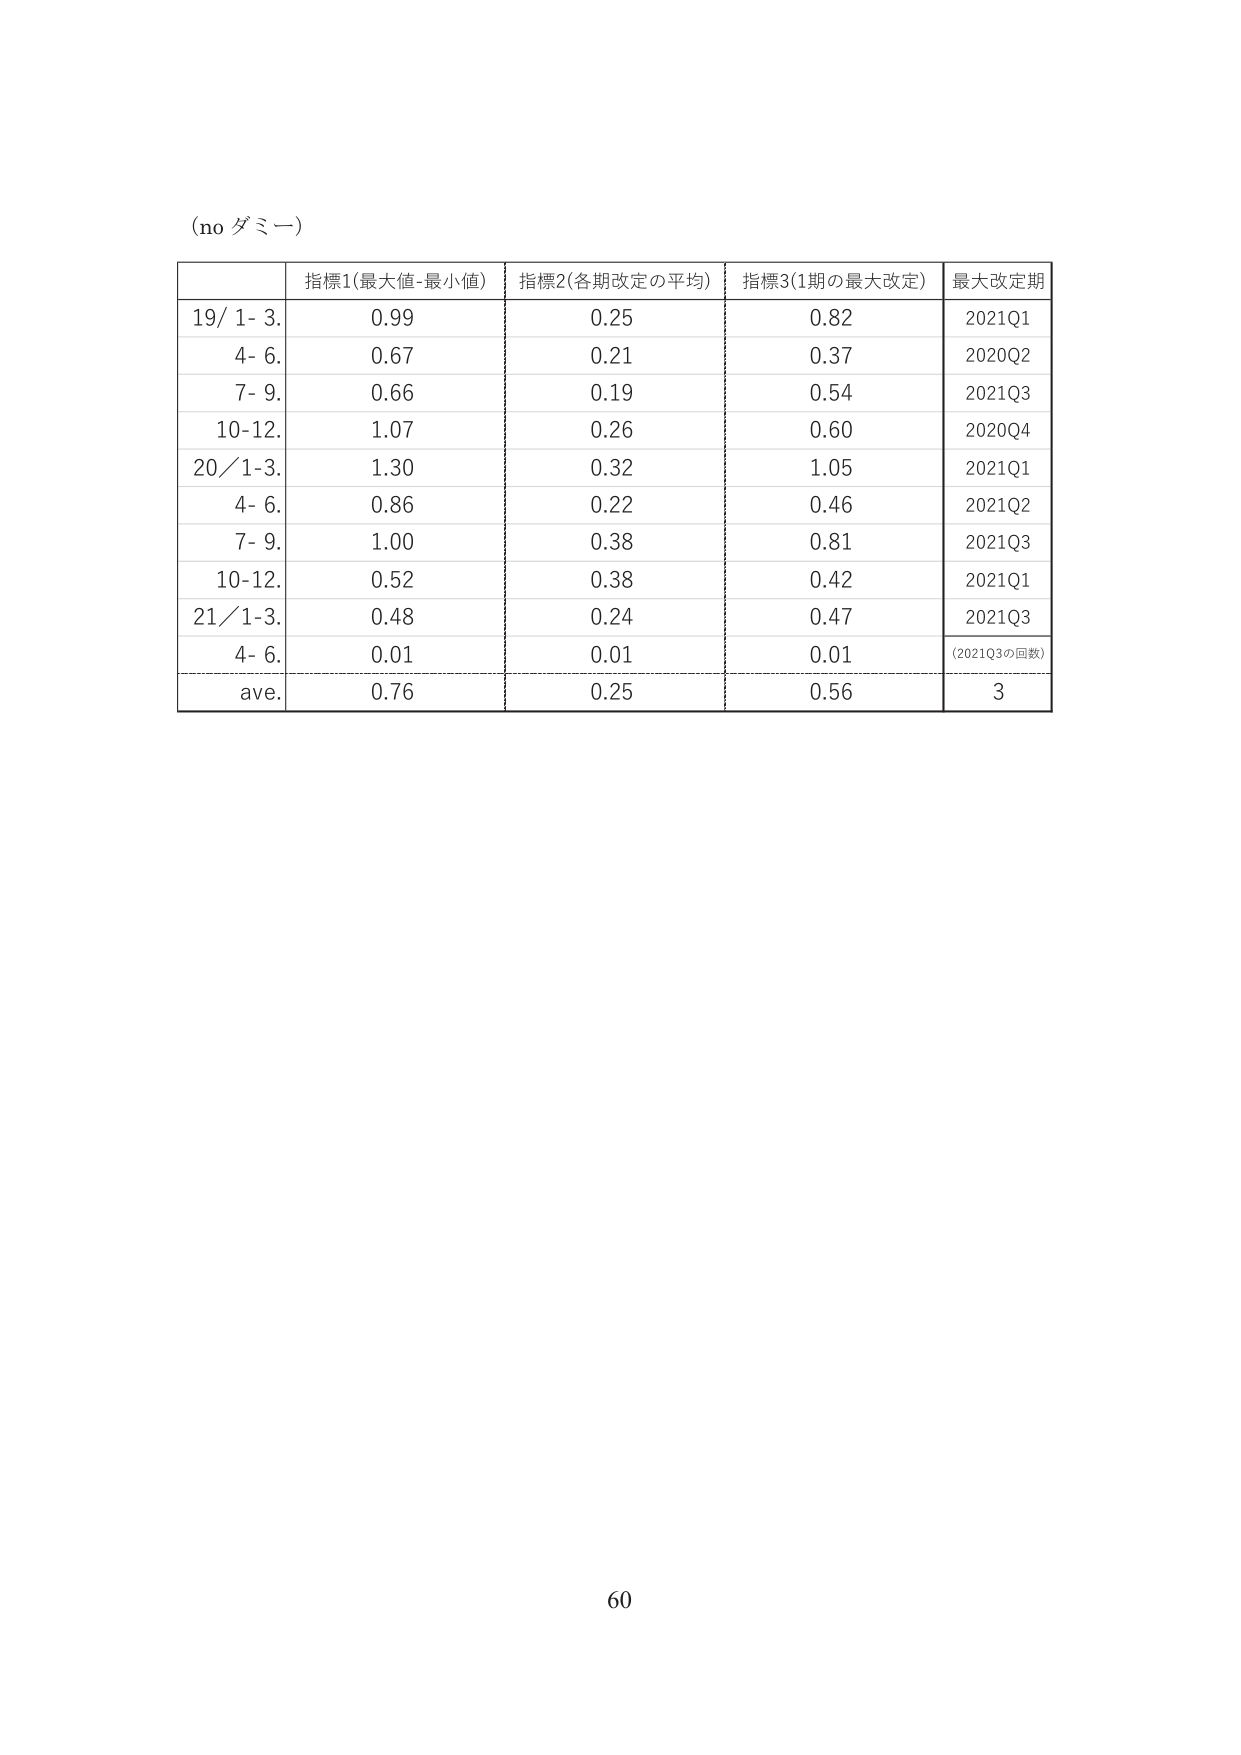
(no ダミー)

指標1(最大値-最小値) 指標2(各期改定の平均) 指標3(1期の最大改定) 最大改定期
19/ 1- 3. 0.99 0.25 0.82 2021Q1
4- 6. 0.67 0.21 0.37 2020Q2
7- 9. 0.66 0.19 0.54 2021Q3
10-12. 1.07 0.26 0.60 2020Q4
20/1-3. 1.30 0.32 1.05 2021Q1
4- 6. 0.86 0.22 0.46 2021Q2
7- 9. 1.00 0.38 0.81 2021Q3
10-12. 0.52 0.38 0.42 2021Q1
21/1-3. 0.48 0.24 0.47 2021Q3
4- 6. 0.01 0.01 0.01 (2021Q3の回数)
ave. 0.76 0.25 0.56 3

60